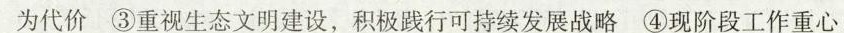
为代价③重视生态文明建设，积极践行可持续发展战略④现阶段工作重心